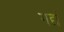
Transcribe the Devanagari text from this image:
गद्यं